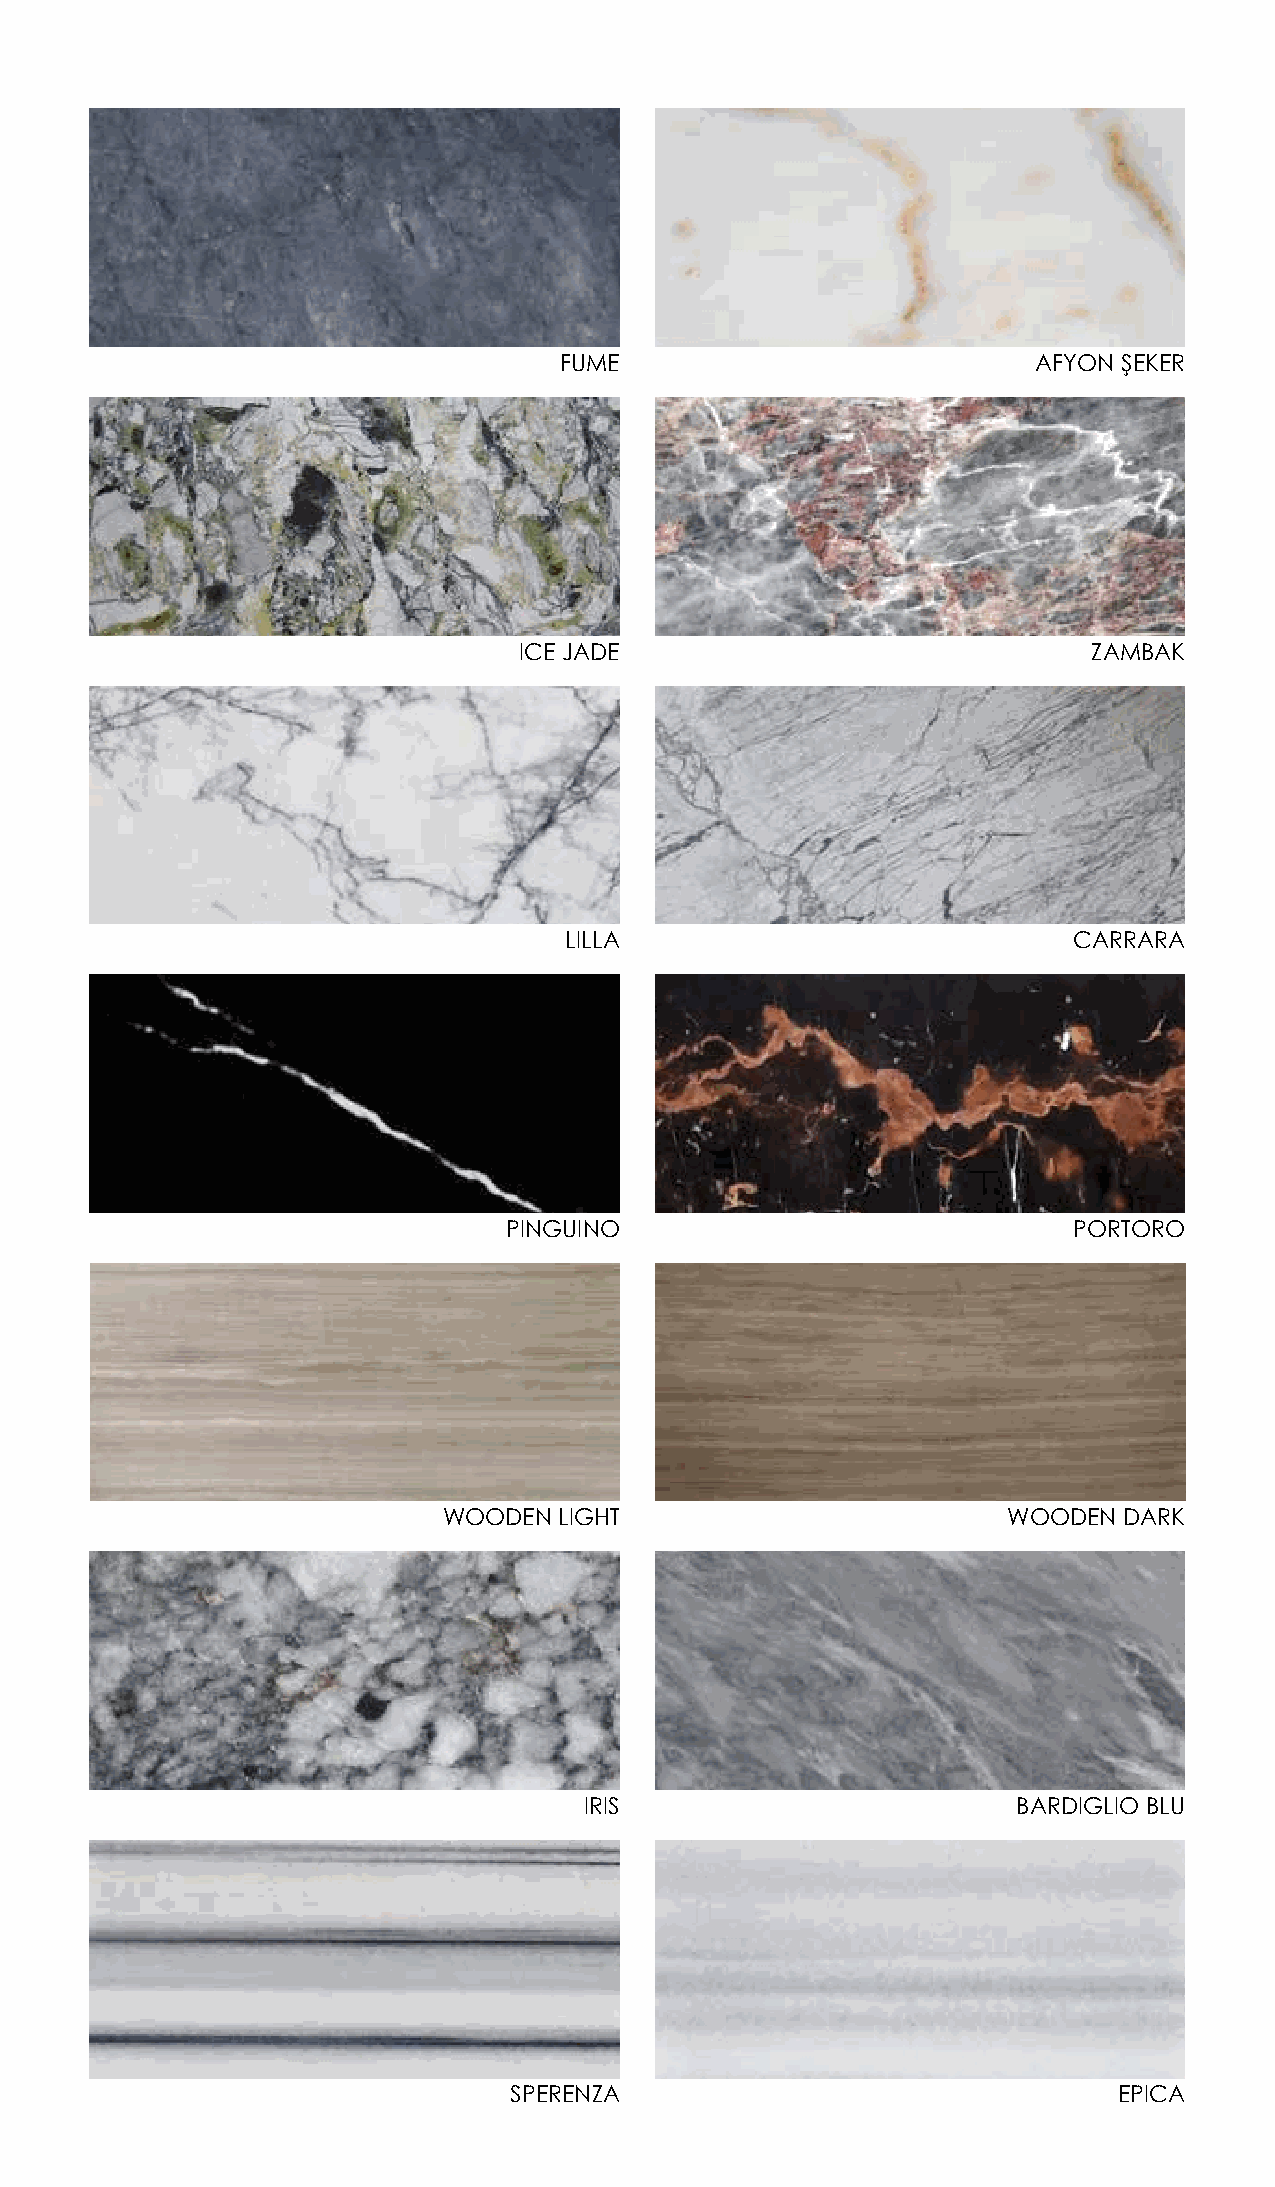
FUME                            AFYON ŞEKER
 ICE JADE                              ZAMBAK
 LILLA                             CARRARA
 PINGUINO                             PORTORO
 WOODEN  LIGHT                         WOODEN DARK
 IRIS                        BARDIGLIO BLU
 SPERENZA                                EPICA